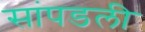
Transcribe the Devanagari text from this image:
सांपडली